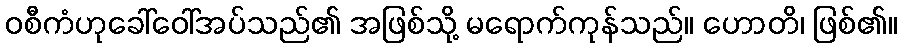
ဝစီကံဟုခေါ်ဝေါ်အပ်သည်၏ အဖြစ်သို့ မရောက်ကုန်သည်။ ဟောတိ၊ ဖြစ်၏။